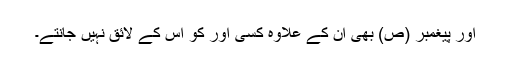
اور پیغمبر (ص) بھی ان کے علاوہ کسی اور کو اس کے لائق نہیں جانتے۔